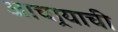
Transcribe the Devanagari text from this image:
आचार्‍याची